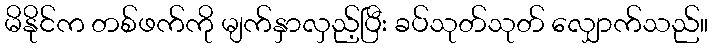
မိနိုင်က တစ်ဖက်ကို မျက်နှာလှည့်ပြီး ခပ်သုတ်သုတ် လျှောက်သည်။